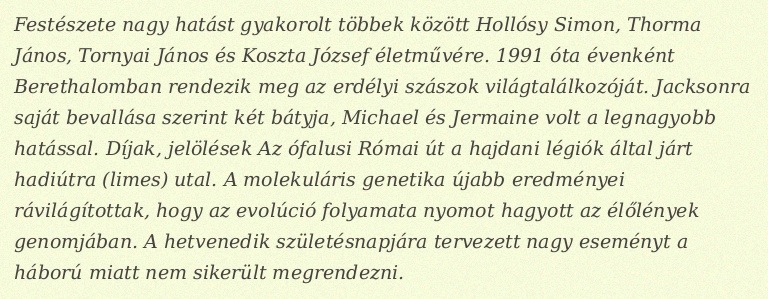
Festészete nagy hatást gyakorolt többek között Hollósy Simon, Thorma János, Tornyai János és Koszta József életművére. 1991 óta évenként Berethalomban rendezik meg az erdélyi szászok világtalálkozóját. Jacksonra saját bevallása szerint két bátyja, Michael és Jermaine volt a legnagyobb hatással. Díjak, jelölések Az ófalusi Római út a hajdani légiók által járt hadiútra (limes) utal. A molekuláris genetika újabb eredményei rávilágítottak, hogy az evolúció folyamata nyomot hagyott az élőlények genomjában. A hetvenedik születésnapjára tervezett nagy eseményt a háború miatt nem sikerült megrendezni.